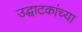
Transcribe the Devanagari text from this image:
उद्घाटकांच्या